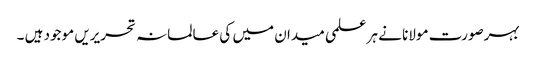
بہرصورت مولانا نے ہر علمی میدان میں کی عالمانہ تحریریں موجود ہیں ۔